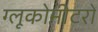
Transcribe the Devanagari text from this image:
ग्लूकोमीटरों